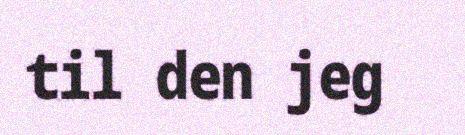
til den jeg